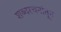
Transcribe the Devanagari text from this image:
शब्दरचनांतून